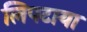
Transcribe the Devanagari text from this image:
लिपटाया